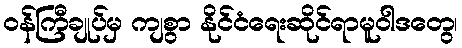
ဝန်ကြီချုပ်မှ ကျစွာ နိုင်ငံရေးဆိုင်ရာမူဝါဒတွေ၊